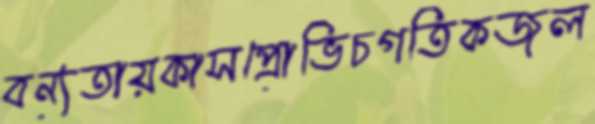
বন্যতায়কাসপ্রোভিচগতিকজল